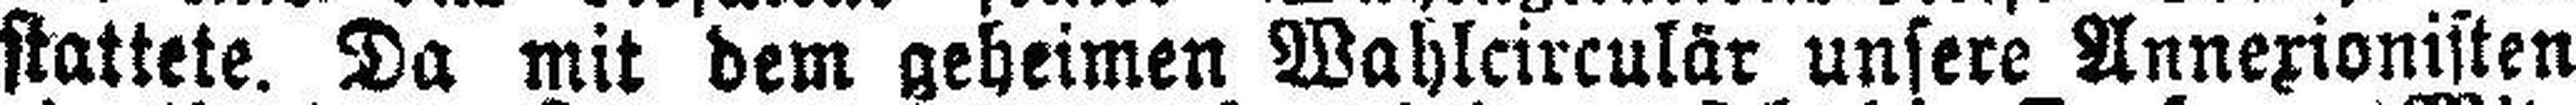
stattete. Da mit dem geheimen Wahlcirculär unsere Annexionisten